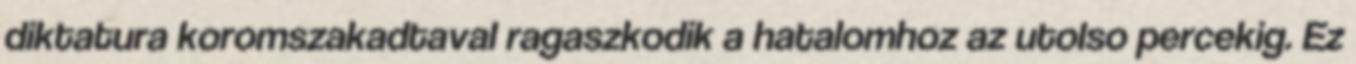
diktatura koromszakadtaval ragaszkodik a hatalomhoz az utolso percekig. Ez